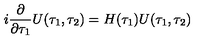
i \frac { \partial } { \partial \tau _ { 1 } } U ( \tau _ { 1 } , \tau _ { 2 } ) = H ( \tau _ { 1 } ) U ( \tau _ { 1 } , \tau _ { 2 } )